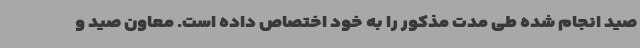
صید انجام شده طی مدت مذکور را به خود اختصاص داده است. معاون صید و